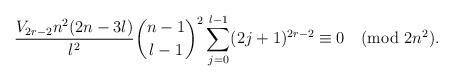
LaTeX: \begin{align*}\frac{V_{2r-2}n^2(2n-3l)}{l^2}\binom{n-1}{l-1}^2\sum_{j=0}^{l-1}(2j+1)^{2r-2}\equiv0\pmod{2n^2}.\end{align*}